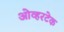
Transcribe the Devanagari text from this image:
ओव्हरटेक